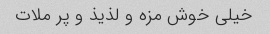
خیلی خوش مزه و لذیذ و پر ملات